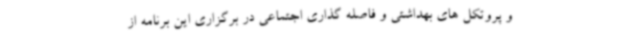
و پروتکل های بهداشتی و فاصله گذاری اجتماعی در برگزاری این برنامه از